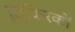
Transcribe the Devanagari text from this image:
विकिरकों